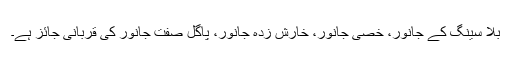
بلا سینگ کے جانور، خصی جانور، خارش زدہ جانور، پاگل صفت جانور کی قربانی جائز ہے۔